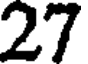
27